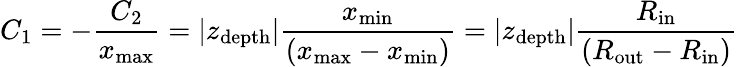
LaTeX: C_{1}=-\frac{C_{2}}{x_{\mathrm{max}}}=\vert z_{\mathrm{depth}}\vert\frac{x_{\mathrm{min}}}{\left(x_{\mathrm{max}}-x_{\mathrm{min}}\right)}=\vert z_{\mathrm{depth}}\vert\frac{R_{\mathrm{in}}}{\left(R_{\mathrm{out}}-R_{\mathrm{in}}\right)}